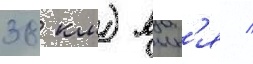
38 км) вын'я /